Insane asylums Bombay 1873-77 - 1873-1877
Year: 1873
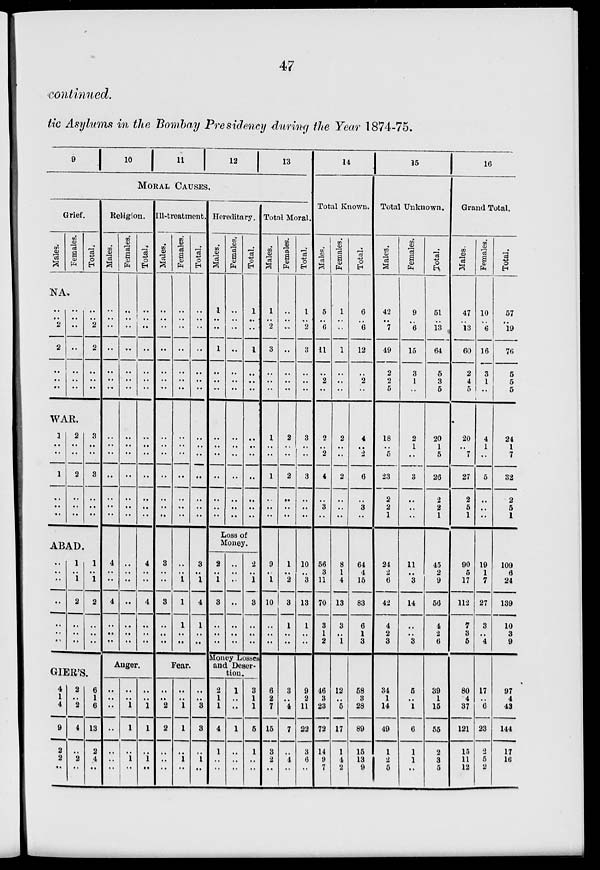
47
continued.
tic Asylums in the Bombay Presidency during the Year 1874-75.
9
10
11
12
13
MORAL CAUSES.
Grief.
Males.
Females.
Total.
NA.
..
..
2
2
..
..
..
..
..
..
..
..
..
..
..
..
2
2
..
..
..
WAR.
1
..
..
1
..
..
..
2
..
..
2
..
..
..
3
..
..
3
..
..
..
ABAD.
..
..
..
..
..
..
..
1
..
1
2
..
..
..
1
..
1
2
..
..
..
GIER'S.
4
1
4
9
2
2
..
2
..
2
4
..
2
..
6
1
6
13
2
4
..
Religion.
Males.
..
..
..
..
..
..
..
..
..
..
..
..
..
..
4
..
..
4
..
..
..
Females.
..
..
..
..
..
..
..
..
..
..
..
..
..
..
..
..
..
..
..
..
..
Total.
..
..
..
..
..
..
..
..
..
..
..
..
..
..
4
..
..
4
..
..
..
Anger.
..
..
..
..
..
..
..
..
..
1
1
..
1
..
..
..
1
1
..
1
..
Ill-treatment.
Males.
..
..
..
..
..
..
..
..
..
..
..
..
..
..
3
..
..
3
..
..
..
Females.
..
..
..
..
..
..
..
..
..
..
..
..
..
..
..
..
1
1
1
..
..
Total.
..
..
..
..
..
..
..
..
..
..
..
..
..
..
3
..
1
4
1
..
..
Fear.
..
..
2
2
..
..
..
..
..
1
1
..
1
..
..
..
3
3
..
1
..
Hereditary.
Males.
1
..
..
1
..
..
..
..
..
..
..
..
..
..
Females.
..
..
..
..
..
..
..
..
..
..
..
..
..
..
Total.
1
..
..
1
..
..
..
..
..
..
..
..
..
..
Loss of
Money.
2
..
1
3
..
..
..
..
..
..
..
..
..
..
2
..
1
3
..
..
..
Money Losses
and Deser-
tion.
2
1
1
4
1
..
..
1
..
..
1
..
..
..
3
1
1
5
1
..
..
Total Moral.
Males.
1
..
2
3
..
..
..
1
..
..
1
..
..
..
9
..
1
10
..
..
..
6
2
7
15
3
2
..
Females.
..
..
..
..
..
..
..
2
..
..
2
..
..
..
1
..
2
3
1
..
..
3
..
4
7
..
4
..
Total.
1
..
2
3
..
..
..
3
..
..
3
..
..
..
10
..
3
13
1
..
..
9
2
11
22
3
6
..
14
Total Known.
Males.
5
..
6
11
..
2
..
2
..
2
4
..
3
..
56
3
11
70
3
1
2
46
3
23
72
14
9
7
Females.
1
..
..
1
..
..
..
2
..
..
2
..
..
..
8
1
4
13
3
..
1
12
..
5
17
1
4
2
Total.
6
..
6
12
..
2
..
4
..
2
6
..
3
..
64
4
15
83
6
1
3
58
3
28
89
15
13
9
15
Total Unknown.
Males.
42
..
7
49
2
2
5
18
..
5
23
2
2
1
24
2
6
42
4
2
3
34
1
14
49
1
2 5
Females.
9
..
6
15
3
1
..
2
1
..
3
..
..
..
11
..
3
14
..
..
3
5
..
1
6
1
1
..
Total.
51
..
13
64
5
3
5
20
1
5
26
2
2
1
45
2
9
56
4
2
6
39
1
15
55
2
3
5
16
Grand Total.
Males.
47
..
13
60
2
4
5
20
..
7
27
2
5
1
90
5
17
112
7
3
5
80
4
37
121
15
11
12
Females.
10
..
6
16
3
1
..
4
1
..
5
..
..
..
19
1
7
27
3
..
4
17
..
6
23
2
5
2
Total.
57
..
19
76
5
5
5
24
1
7
32
2
5
1
109
6
24
139
10
3
9
97
4
43
144
17
16
14